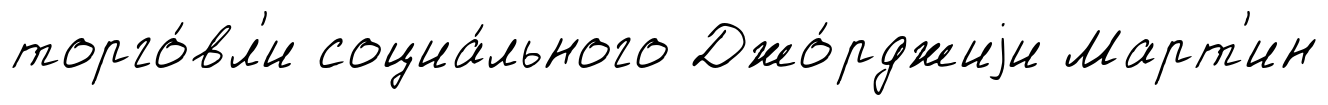
торго́вл'и социа́льного Джо́рджиjи Март'ин